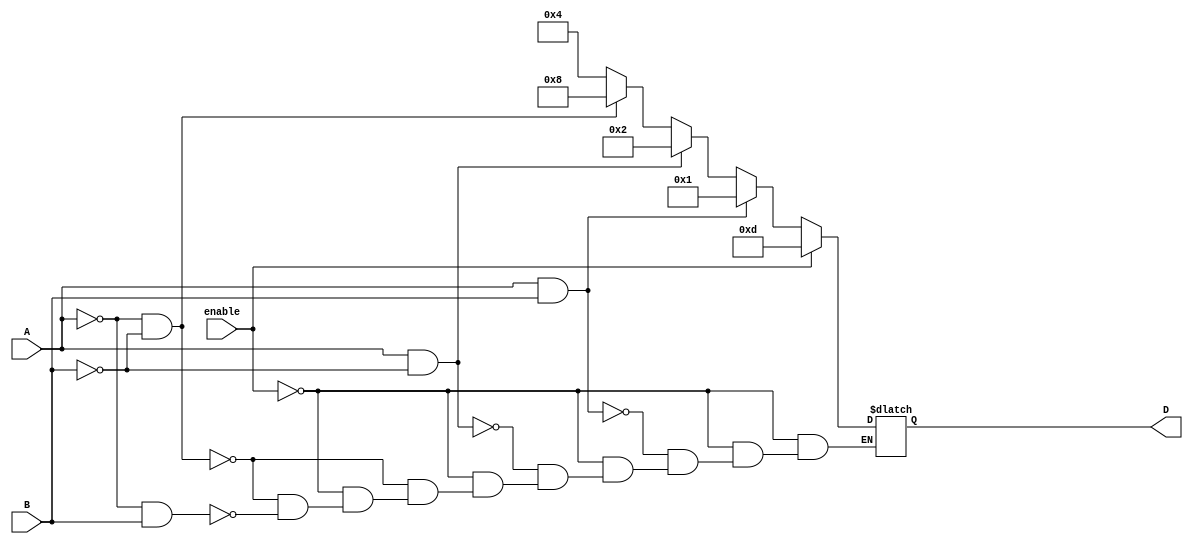
// Gate-level description of two-to-four-line decoder
// Refer to Fig. 4.19 with symbol E replaced by enable , for clarity.
module Example3 (D, A, B, enable);
	output reg [0:3] D;
	input A, B, enable;

	//Gate level Modelling
	/*wire A_not, B_not, enable_not;
	not
		G1 (A_not, A),
		G2 (B_not, B),
		G3 (enable_not, enable);
	nand
		G4 (D[0], A_not, B_not, enable_not),
		G5 (D[1], A_not, B, enable_not),
		G6 (D[2], A, B_not, enable_not),
		G7 (D[3], A, B, enable_not);*/
		
	
	/*// Dataflow Modelling
	assign 	D[0] = ~((~A) && (~B) && (~enable)),
			D[1] = ~((~A) && B && (~enable)),
			D[2] = ~(A && B && (~enable)),
			D[3] = ~(A && B && (~enable));*/
			
	// Behavioral Modelling
	always @ (A or B or enable)
	if (enable == 0)
	begin
			if (A == 0 && B == 0)
				D = 4'b1000;
			else if (A == 0 && B == 1)
				D = 4'b0100;
			if (A == 1 && B == 0)
				D = 4'b0010;
			if (A == 1 && B == 1)
				D = 4'b0001;
	end
	else
		D = 4'b1101;
	
endmodule